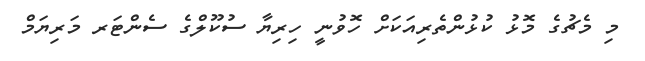
މި މެޗުގެ މޮޅު ކުޅުންތެރިއަކަށް ހޮވުނީ ހިރިޔާ ސުކޫލްގެ ސެންޓަރ މަރިޔަމް